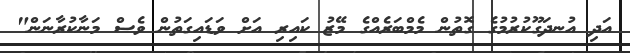
އަދި އުނދަގޫކުރުމުގެ ގޮތުން މެމްބަރެއްގެ މޭޒު ކައިރި އަށް ވަޑައިގަތުން ވެސް މަނާކުރާނަން"